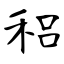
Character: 稆